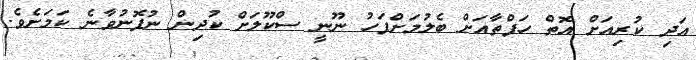
އަދި ކުރިއަށް އޮތް ހަފްތާއަށް ބެލުމަށްފަހު ނޫނީ ސްކޫލަށް ކުދިން ނުފޮނުވާނެ ކަމަށެވެ.